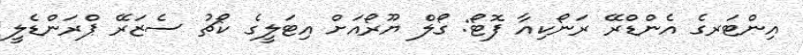
އިންޓަރގެ އެންޑްރޭ ރަނޯކިއާ ފޮޓޯ: ގޯލް ޔޫރޯއަށް އިޓަލީގެ ކޯޗު ސެޒަރޭ ޕްރަންޑެލީ